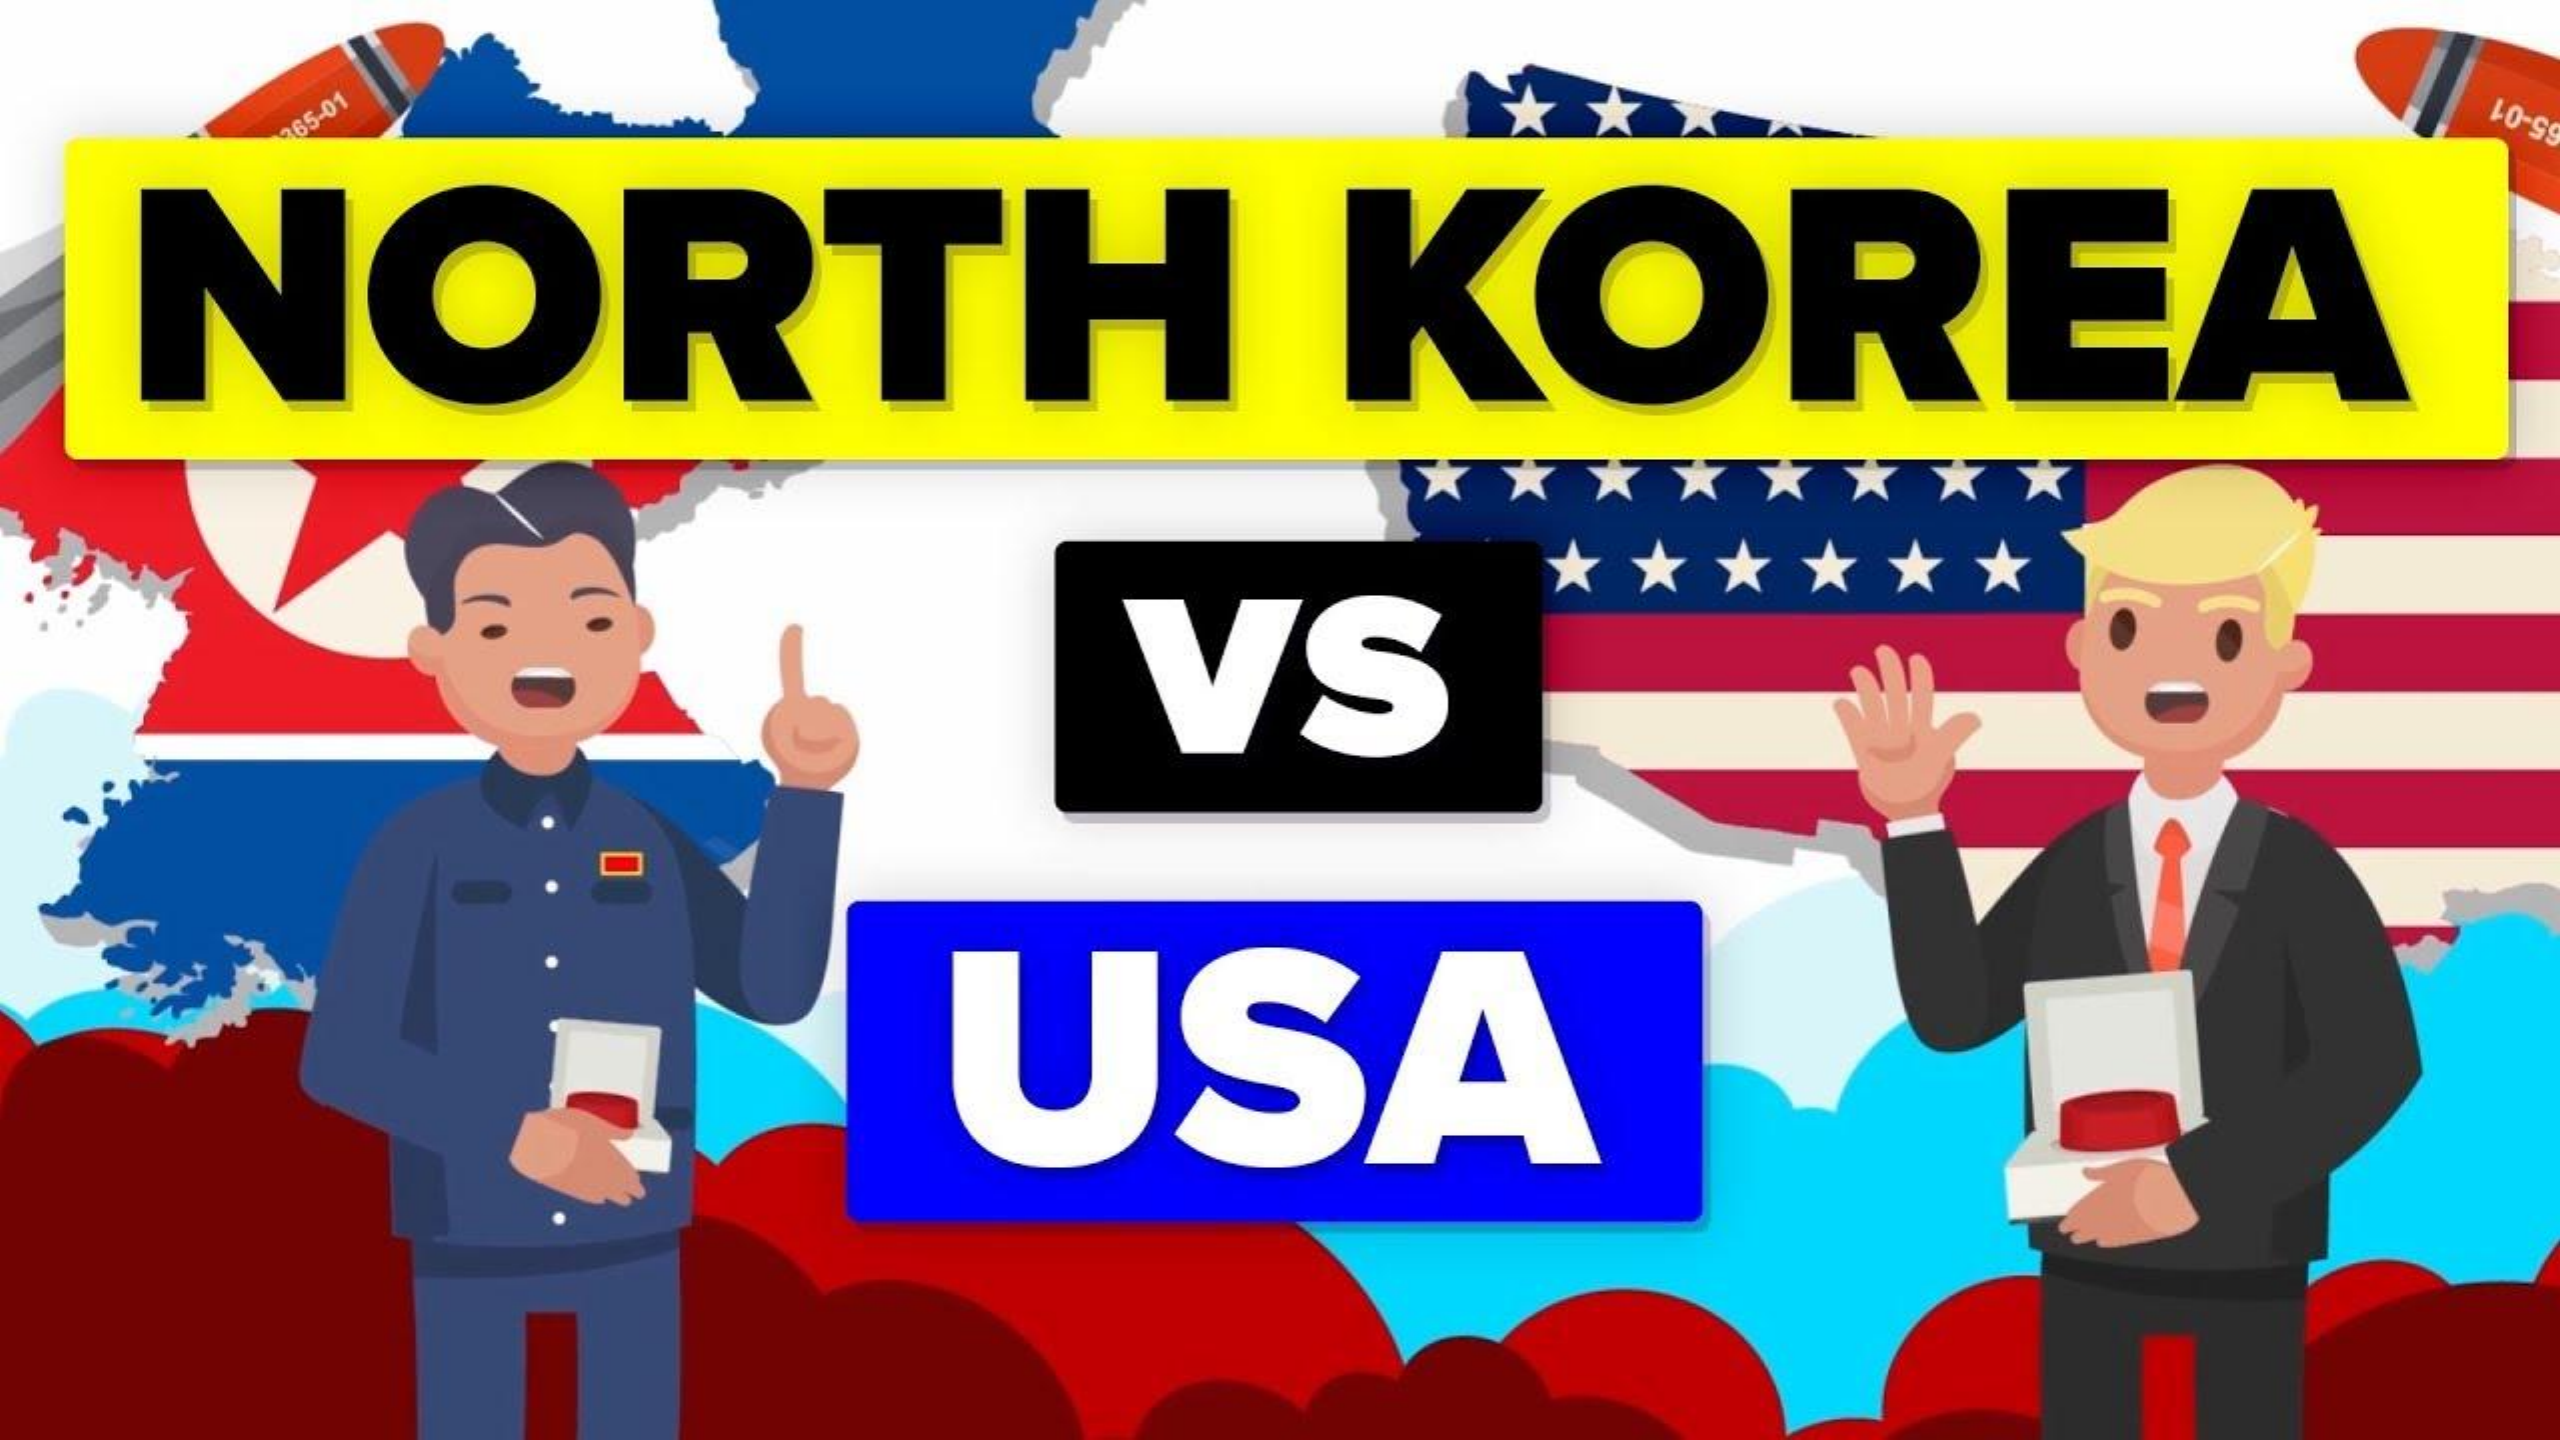
265-01    65-01
  NORTH KOREA
     VS
     USA